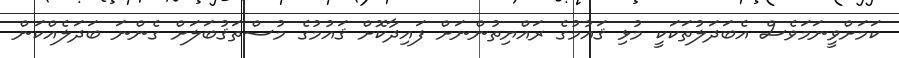
ކަމަށްވީނަމަވެސް އެބަދަލުތަކަކީ މުޅި ޤައުމުގެ ރައްޔިތުންނަށް ފައިދާކޮށް ޤައުމުގެ މުސްތަޤުބަލަށް ގެންނަ ބަދަލެއްކަން